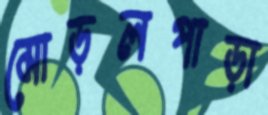
মোড়লপাড়া